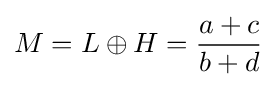
M=L\oplus H={\frac {a+c}{b+d}}